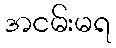
အငမ်းမရ